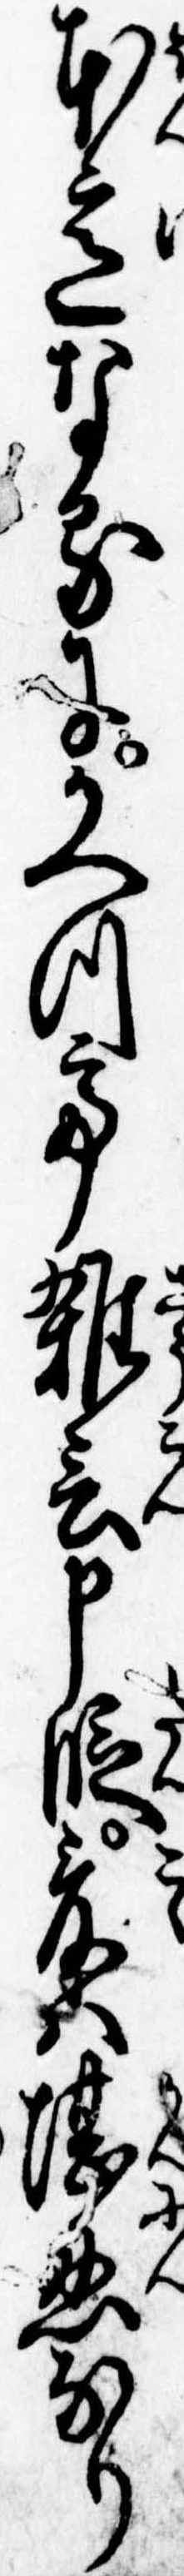
本意なるにかへつて雑言申段爰は堪忍なり